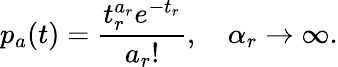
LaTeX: p_{a}(t)=\frac{t_{r}^{a_{r}}e^{-t_{r}}}{a_{r}!},\quad\alpha_{r}\to\infty.